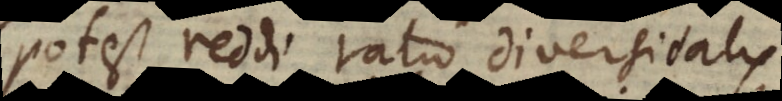
potest reddi ratio diversitatis,